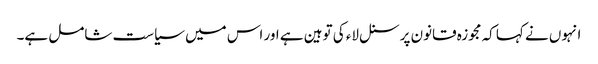
انہوں نے کہا کہ مجوزہ قانون پرسنل لاء کی توہین ہے اور اس میں سیاست شامل ہے۔